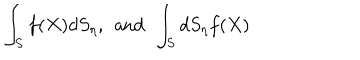
LaTeX: \int _ { S } f ( X ) d S _ { \eta } , \; \, \mathrm { a n d } \, \; \int _ { S } d S _ { \eta } f ( X )